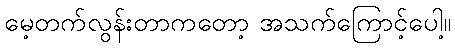
မေ့တက်လွန်းတာကတော့ အသက်ကြောင့်ပေါ့။